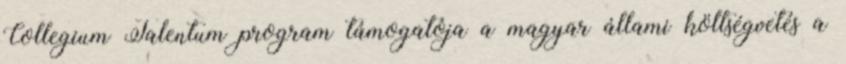
Collegium Talentum program támogatója a magyar állami költségvetés a